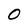
Character: 0